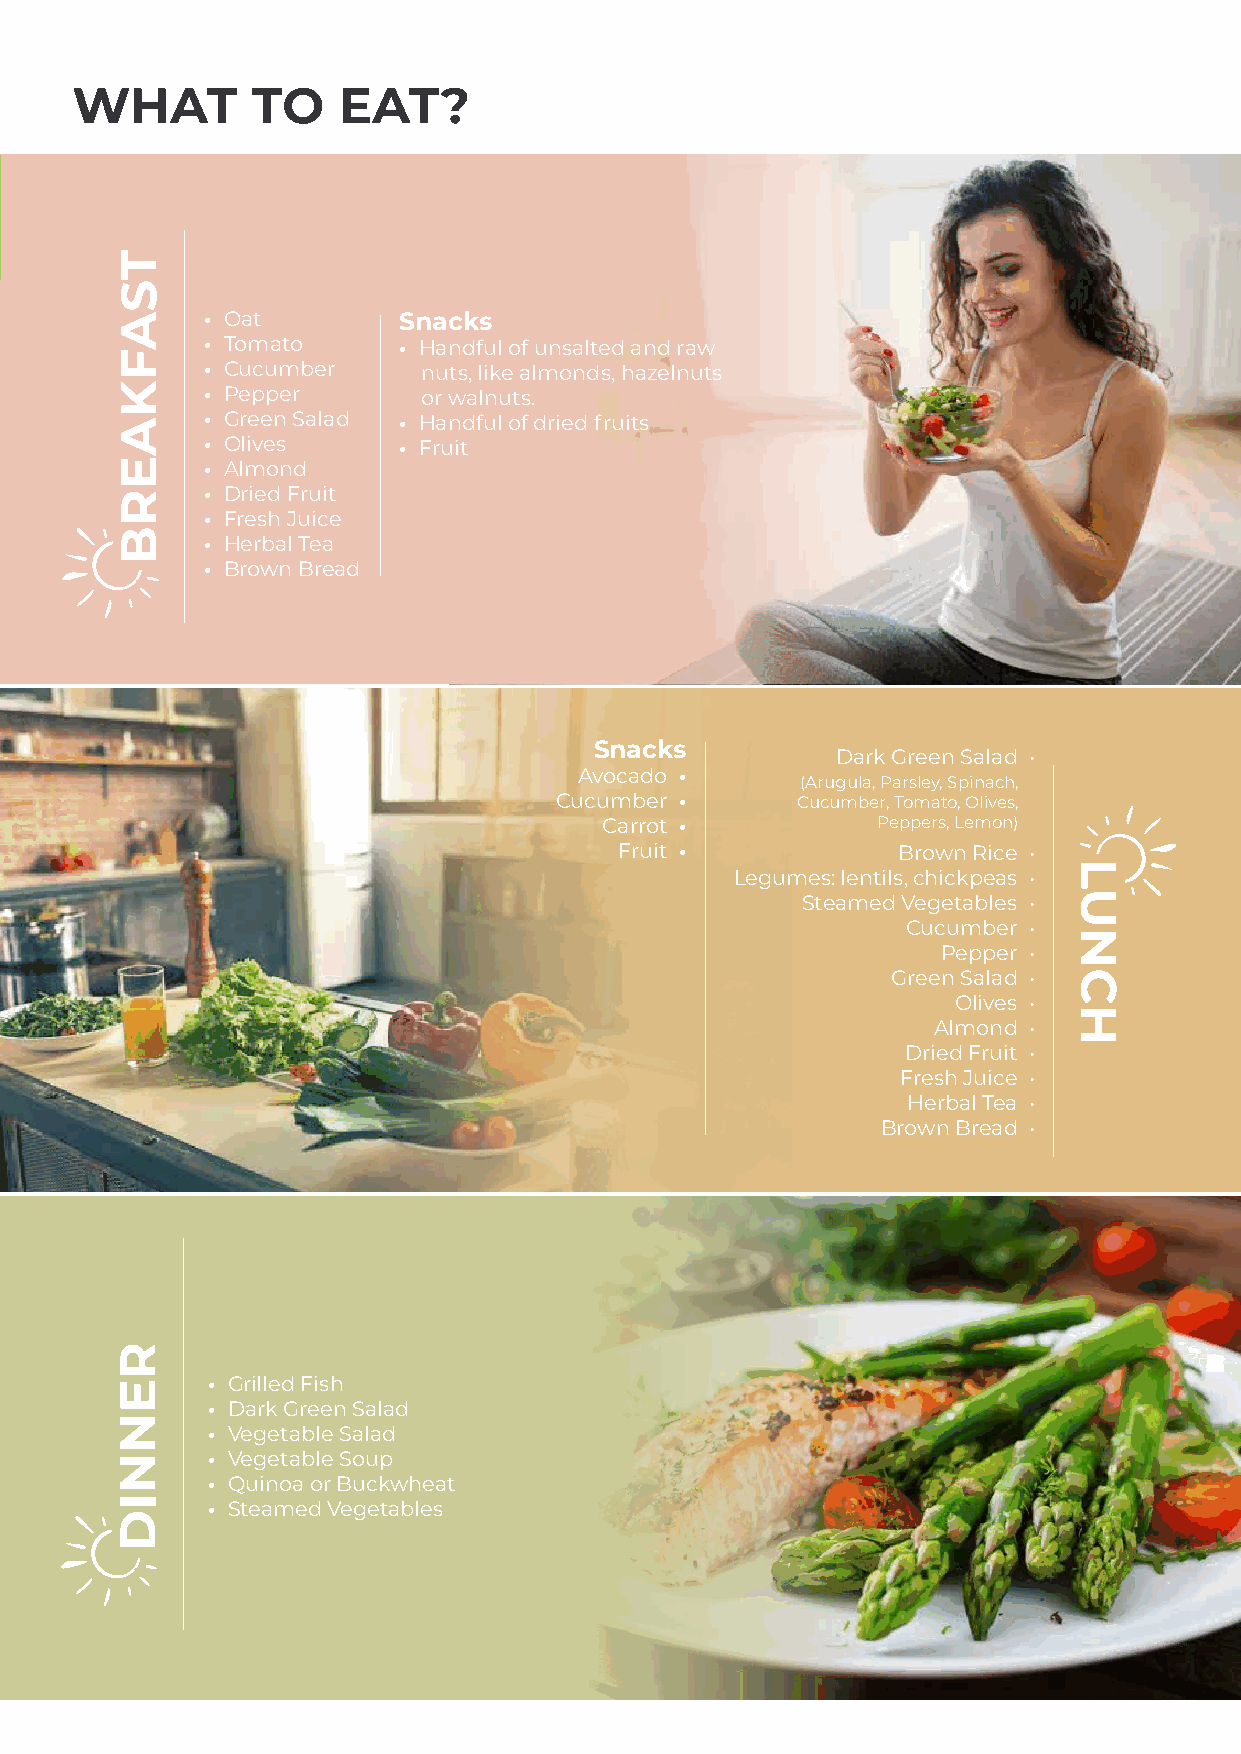
WHAT        TO   EAT?
 • Oat       Snacks
 • Tomato    • Handful of unsalted and raw
 • Cucumber    nuts, like almonds, hazelnuts
 • Pepper      or walnuts.
 • Green Salad • Handful of dried fruits
 • Olives    • Fruit
 • Almond
 • Dried Fruit
 • Fresh Juice
 • Herbal Tea
 • Brown Bread
 Snacks
 Dark Green Salad •
 Avocado •
 (Arugula, Parsley, Spinach,
 Cucumber •      Cucumber, Tomato, Olives,
 Carrot •          Peppers, Lemon)
 Fruit •           Brown Rice •
 Legumes: lentils, chickpeas •
 Steamed Vegetables •
 Cucumber •
 Pepper •
 Green Salad •
 Olives •
 Almond •
 Dried Fruit •
 Fresh Juice •
 Herbal Tea •
 Brown Bread •
 • Grilled Fish
 • Dark Green Salad
 • Vegetable Salad
 • Vegetable Soup
 • Quinoa or Buckwheat
 • Steamed Vegetables
 TSAFKAERB
 RENNID
 LUNCH